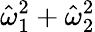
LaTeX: \hat{\omega}_{1}^{2}+\hat{\omega}_{2}^{2}